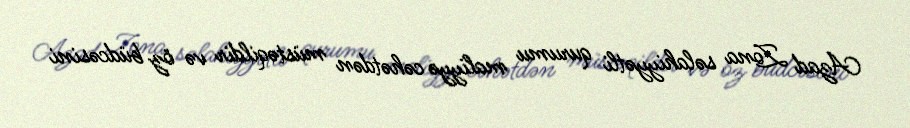
Azad Zona səlahiyyətli qurumu maliyyə cəhətdən müstəqildir və öz büdcəsini